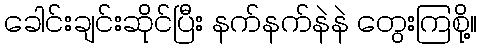
ခေါင်းချင်းဆိုင်ပြီး နက်နက်နဲနဲ တွေးကြစို့။